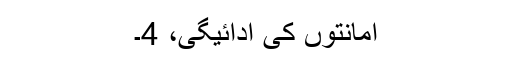
امانتوں کی ادائیگی، 4۔